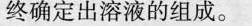
终确定出溶液的组成。